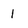
Character: 1